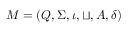
M = ( Q , \Sigma , \iota , \sqcup , A , \delta )